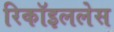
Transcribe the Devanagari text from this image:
रिकॉइललेस